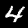
Digit: 4